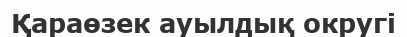
Қараөзек ауылдық округі